Alphabetical list of drugs, medicines and other preparations free from, and containing, spirit compiled from the results of tests made by the customs houses at Calcutta, Bombay, and Madras
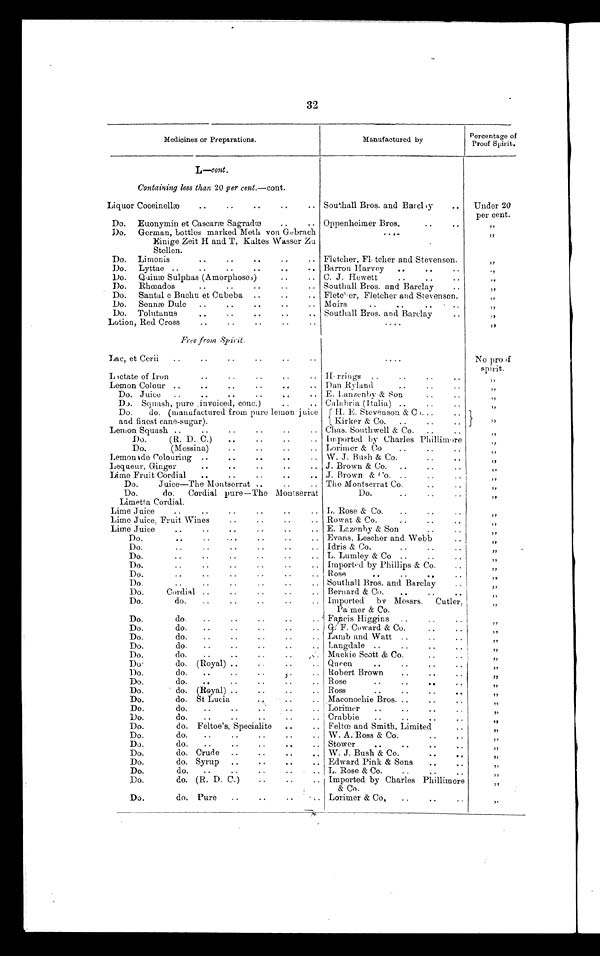
32
Medicines or Preparations.
Manufactured by
Percentage of
Proof Spirit.
L—cont.
Containing less than 20 per cent.—cont.
Liquor Coceinellæ
..
..
..
..
.. Southall Bros. and Barclay
..
Under 20
per cent.
Do. Euonymin et Cascaræ Sagradæ
..
.. Oppenheimer Bros.
..
..
„
Do. German, bottles marked Meth von Gebrach
Einige Zeit H and T, Kaltes Wasser Zu
Stellen.
.....
„
Do. Limonis
..
..
..
..
.. Fletcher, Fletcher and Stevenson.
„
Do. Lyttae ..
..
..
..
..
.. Barron Harvey
.
.
..
„
Do. Quinæ Sulphas (Amorphoses)
..
.. C. J. Hewett
..
..
..
„
Do. Rhœados
..
..
..
..
.. Southall Bros. and Barclay
..
„
Do. Santal c Buchu et Cubeba ..
..
.. Fletcher, Fletcher and Stevenson.
„
Do. Sennæ Dulc
..
..
..
.. Moirs
..
.
.. . ..
„
Do. Tolutanus
..
..
..
.. Southall Bros. and Barclay
..
„
Lotion, Red Cross
..
..
..
..
....
„
Free from Spirit.
Lac, et Cerii
..
..
..
..
..
.
No proof
spirit.
Lactate of Iron
..
..
..
..
.. Herrings
..
..
„
Lemon Colour ..
..
..
..
.. Dan Ryland
..
..
„
Do. Juice
..
..
..
..
.
.. E. Lanzenby & Son
..
..
„
Do Squash, pure, invoiced, conc.)
..
.. Calabria (Italia) ..
..
..
„
Do.
do. (manufactured from pure lemon juic
e a n d f i n e s t c a n e - s u g a r ) .
H. E. Stevenson & Co...
.
„
. .
Kirker & Co.
.. ..
Lemon Squash ..
..
..
..
..
.. Chas. Southwell & Co. ..
„
Do.
(R. D. C.)
.
..
..
.. Imported by Charles Phillimore
„
Do.
(Messina)
..
..
..
.. Lorimer & Co
-
„
Lemonade Colouring ..
..
..
.. W. J. Bush & Co.
..
„
Lequeur, Ginger
..
..
..
..
.. J. Brown & Co. ..
..
..
„
Lime Fruit Cordial
..
..
..
..
.. J. Brown & Co. ..
..
..
„
Do.
Juice—The Montserrat ..
.. The Montserrat Co.
..
..
„
Do.
do.
Cordial pure—The Montserrat
Limetta Cordial.
Do.
..
..
..
„
Lime Juice
..
..
..
..
..
.. L. Rose & Co.
..
..
„
Lime Juice, Fruit Wines
..
..
..
.. Rowat & Co.
..
..
„
Lime Juice
..
..
..
..
..
.. E. Lazenby & Son
..
„
Do.
..
..
...
..
..
.. Evans, Lescher and Webb
„
Do.
..
..
..
.. Idris & Co.
..
..
„
Do.
..
..
..
..
..
.. L. Lumley & Co ..
..
„
Do.
..
..
..
..
..
.. Imported by Phillips & Co.
..
„
Do.
..
..
..
..
..
.. Rose
..
..
..
„
Do.
..
..
..
..
..
.. Southall Bros. and Barclay
..
„
Do.
Cordial ..
..
.. Bernard & Co.
..
„
Do.
do.
..
..
.
.. Imported by Messrs. Cutler,
Palmer & Co.
„
Do.
do.
..
..
..
..
.. Fancis Higgins ..
..
„
Do.
do.
..
..
..
.. G. F. Coward & Co.
..
..
„
Do.
do.
..
..
..
..
.. Lamb and Watt ..
..
..
„
Do.
do.
..
..
..
..
. , Langdale ..
..
..
..
„
Do.
do.
..
..
..
..
,.. Mackie Scott & Co.
..
„
Do
do. (Royal) ..
..
.. Queen
..
..
..
„
Do.
do.
..
..
..
.. Robert Brown
..
..
„
Do.
do.
..
..
..
.. Rose
..
..
.
„
Do.
do. (Royal) ..
..
..
.. Ross
..
.
..
„
Do.
do. St Lucia
.
.. Maconochie Bros. ..
..
„
Do.
do.
..
..
..
.. Lorimer
..
..
..
..
Do.
do.
..
..
..
..
.. Crabbie
..
..
..
..
„
Do.
do. Feltoe's, Specialite
..
.. Feltœ and Smith, Limited
..
„
Do.
do.
..
..
..
..
.. W. A. Ross & Co.
.
„
Do.
do.
..
..
..
.. Stower..
..
..
„
Do.
do. Crude ..
..
.. W. J. Bush & Co.
Do.
do. Syrup ..
..
Edward Pink & Sons
..
..
„
Do.
do.
..
..
..
..
.. L. Rose & Co.
..
„
Do.
do. (R. D. C.)
..
..
Imported by Charles Phillimore
& Co.
„
Do.
do. Pure
..
.
Lorimer & Co.
..
..
..